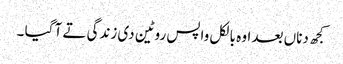
کجھ دناں بعد اوہ بالکل واپس روٹین دی زندگی تے آ گیا ۔